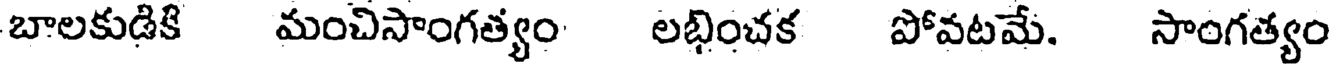
బాలకుడికి మంచిసాంగత్యం లభించక పోవటమే. సాంగత్యం